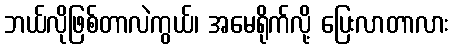
ဘယ်လိုဖြစ်တာလဲကွယ်၊ အမေရိုက်လို့ ပြေးလာတာလား